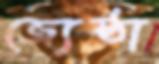
জ্যেষ্ঠা